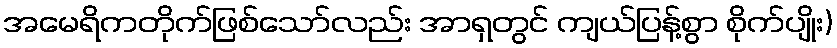
အမေရိကတိုက်ဖြစ်သော်လည်း အာရှတွင် ကျယ်ပြန့်စွာ စိုက်ပျိုး)